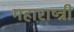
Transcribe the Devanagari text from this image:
महाराष्त्री